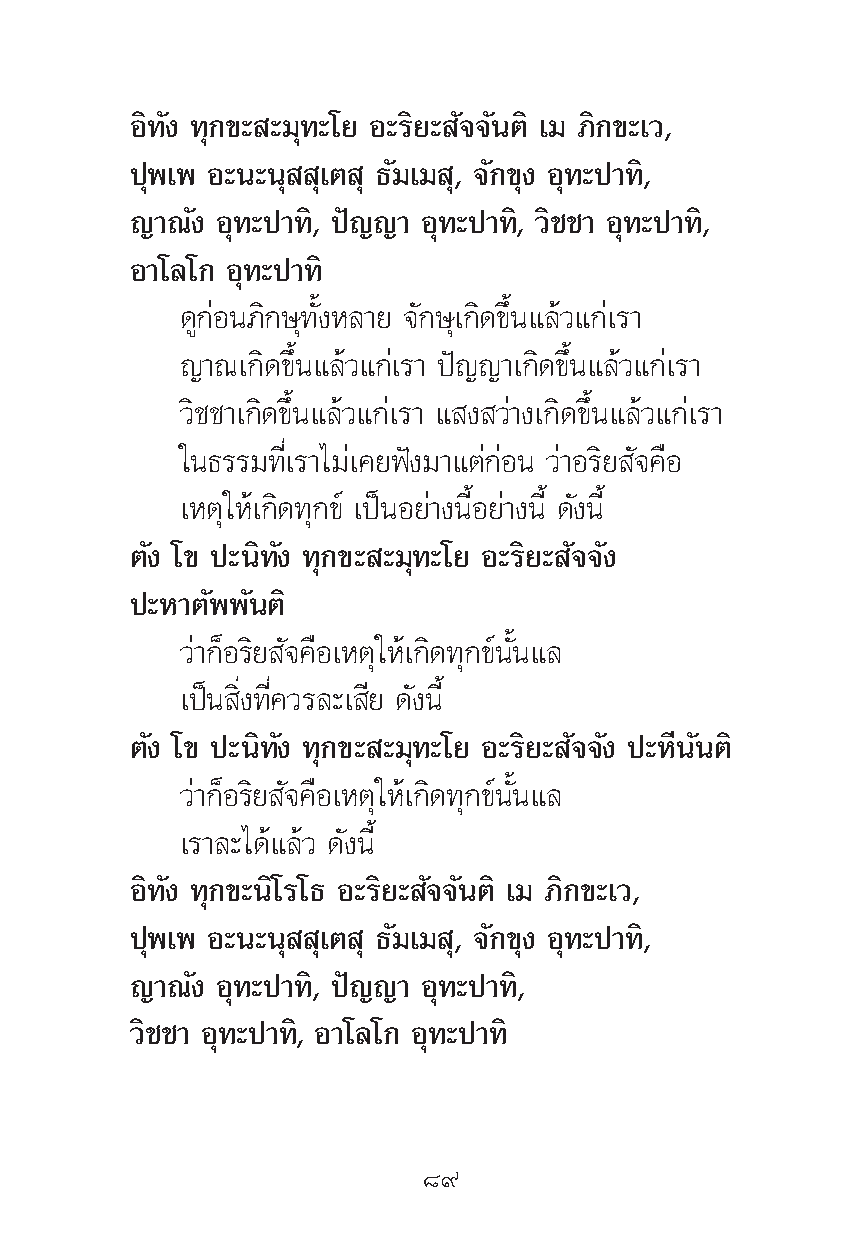
Õ‘∑—ß ∑ÿ°¢– –¡ÿ∑–‚¬ Õ–√‘¬– —®®—πμ‘ ‡¡ ¿‘°¢–‡«,
 ªÿæ‡æ Õ–π–πÿ ÿ‡μ ÿ ∏—¡‡¡ ÿ, ®—°¢ÿß Õÿ∑–ª“∑‘,
 ≠“≥—ß Õÿ∑–ª“∑‘, ªí≠≠“ Õÿ∑–ª“∑‘, «‘™™“ Õÿ∑–ª“∑‘,
 Õ“‚≈‚° Õÿ∑–ª“∑‘
 ¥Ÿ°àÕπ¿‘°…ÿ∑—ÈßÀ≈“¬ ®—°…ÿ‡°‘¥¢÷Èπ·≈â«·°à‡√“
 ≠“≥‡°‘¥¢÷Èπ·≈â«·°à‡√“ ªí≠≠“‡°‘¥¢÷Èπ·≈â«·°à‡√“
 «‘™™“‡°‘¥¢÷Èπ·≈â«·°à‡√“ · ß «à“ß‡°‘¥¢÷Èπ·≈â«·°à‡√“
 „π∏√√¡∑’Ë‡√“‰¡à‡§¬øíß¡“·μà°àÕπ «à“Õ√‘¬ —®§◊Õ
 ‡Àμÿ„Àâ‡°‘¥∑ÿ°¢å ‡ªìπÕ¬à“ßπ’ÈÕ¬à“ßπ’È ¥—ßπ’È
 μ—ß ‚¢ ª–π‘∑—ß ∑ÿ°¢– –¡ÿ∑–‚¬ Õ–√‘¬– —®®—ß
 ª–À“μ—ææ—πμ‘
 «à“°ÁÕ√‘¬ —®§◊Õ‡Àμÿ„Àâ‡°‘¥∑ÿ°¢åπ—Èπ·≈
 ‡ªìπ ‘Ëß∑’Ë§«√≈–‡ ’¬ ¥—ßπ’È
 μ—ß ‚¢ ª–π‘∑—ß ∑ÿ°¢– –¡ÿ∑–‚¬ Õ–√‘¬– —®®—ß ª–À’π—πμ‘
 «à“°ÁÕ√‘¬ —®§◊Õ‡Àμÿ„Àâ‡°‘¥∑ÿ°¢åπ—Èπ·≈
 ‡√“≈–‰¥â·≈â« ¥—ßπ’È
 Õ‘∑—ß ∑ÿ°¢–π‘‚√‚∏ Õ–√‘¬– —®®—πμ‘ ‡¡ ¿‘°¢–‡«,
 ªÿæ‡æ Õ–π–πÿ ÿ‡μ ÿ ∏—¡‡¡ ÿ, ®—°¢ÿß Õÿ∑–ª“∑‘,
 ≠“≥—ß Õÿ∑–ª“∑‘, ªí≠≠“ Õÿ∑–ª“∑‘,
 «‘™™“ Õÿ∑–ª“∑‘, Õ“‚≈‚° Õÿ∑–ª“∑‘
 ¯˘